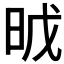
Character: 𣆈